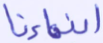
أبناءنا